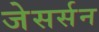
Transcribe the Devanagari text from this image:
जेसर्सन